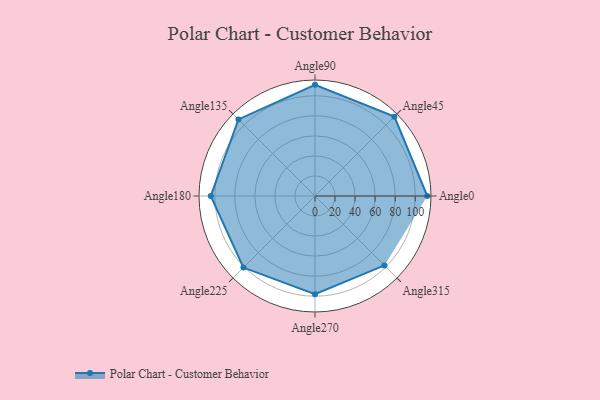
{"axis": {"x": "Angle", "y": "Radius"}, "legend": [""], "data": [{"x": "Angle0", "y": 112.0, "type": ""}, {"x": "Angle45", "y": 112.0, "type": ""}, {"x": "Angle90", "y": 111.0, "type": ""}, {"x": "Angle135", "y": 108.0, "type": ""}, {"x": "Angle180", "y": 104.0, "type": ""}, {"x": "Angle225", "y": 101.0, "type": ""}, {"x": "Angle270", "y": 98.0, "type": ""}, {"x": "Angle315", "y": 98.0, "type": ""}]}